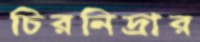
চিরনিদ্রার